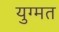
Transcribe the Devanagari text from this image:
युग्मत